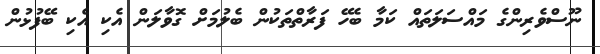
ނޫސްވެރިންގެ މައްސަލަތައް ކަމާ ބެހޭ ފަރާތްތަކުން ބެލުމަށް ގޮވާލަން އެކި އެކި ބޭފުޅުން